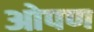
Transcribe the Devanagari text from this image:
ओपण